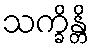
သက္ခိန္တိ